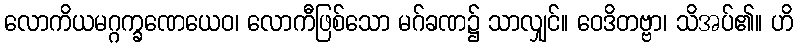
လောကိယမဂ္ဂက္ခဏေယေဝ၊ လောကီဖြစ်သော မဂ်ခဏ၌ သာလျှင်။ ဝေဒိတဗ္ဗာ၊ သိအပ်၏။ ဟိ